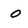
Character: o